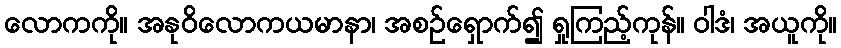
လောကကို။ အနုဝိလောကယမာနာ၊ အစဉ်ရှောက်၍ ရှုကြည့်ကုန်။ ဝါဒံ၊ အယူကို။